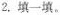
2，填一填。